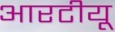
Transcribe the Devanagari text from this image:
आरटीयू